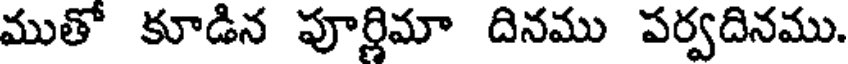
ముతో కూడిన పూర్లిమా దినము పర్వదినము.